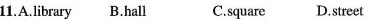
11.A.Library B.Hall C.Square D.Street